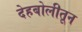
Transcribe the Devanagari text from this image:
देहबोलीतून